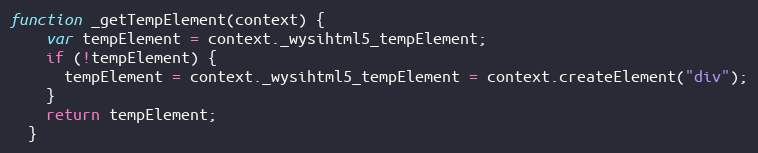
Language: JavaScript
function _getTempElement(context) {
    var tempElement = context._wysihtml5_tempElement;
    if (!tempElement) {
      tempElement = context._wysihtml5_tempElement = context.createElement("div");
    }
    return tempElement;
  }